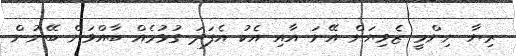
ރިޔާ ނިންމީ ޒެވިޔަން އޭނަ އާއި އެކު އެފަދަ ގުޅުމެއް ބާއްވަން ބޭނުން